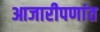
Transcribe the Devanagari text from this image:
आजारीपणांत